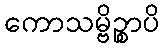
ကောသမ္ဗိဉ္စာပိ